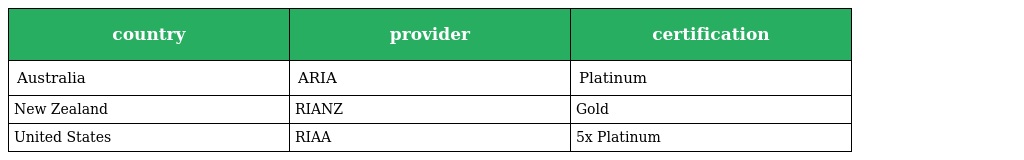
| country | provider | certification |
 | --- | --- | --- |
 | Australia | ARIA | Platinum |
 | New Zealand | RIANZ | Gold |
 | United States | RIAA | 5x Platinum |